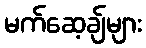
မက်ဆေ့ချ်များ